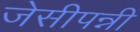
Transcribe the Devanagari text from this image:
जेसीपन्नी